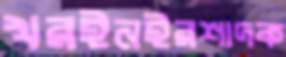
খরইনইরশাদক